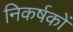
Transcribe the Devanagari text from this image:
निकर्षकों